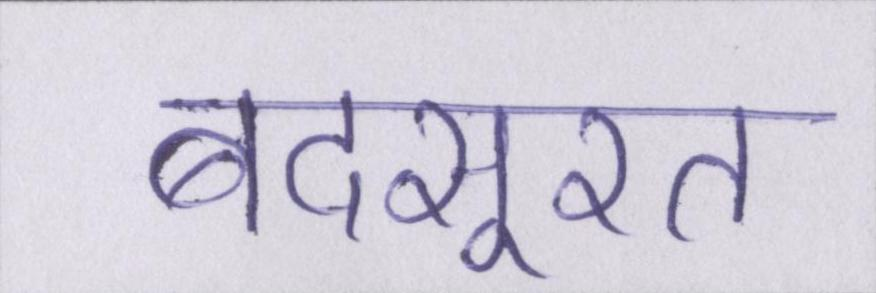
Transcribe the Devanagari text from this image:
बदसूरत